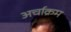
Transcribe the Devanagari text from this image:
अर्चाक्रम